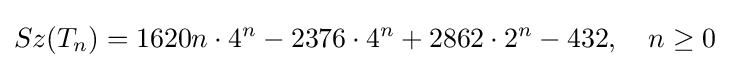
Sz(T_{n})=1620n\cdot 4^{n}-2376\cdot 4^{n}+2862\cdot 2^{n}-432,\quad n\geq 0